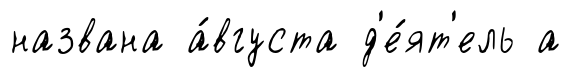
названа а́вгуста д'е́ят'ель а